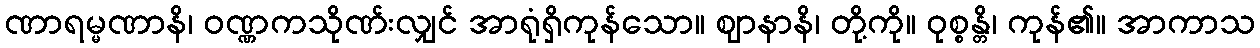
ဏာရမ္မဏာနိ၊ ဝဏ္ဏကသိုဏ်းလျှင် အာရုံရှိကုန်သော။ ဈာနာနိ၊ တို့ကို။ ဝုစ္စန္တိ၊ ကုန်၏။ အာကာသ